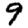
Digit: 9